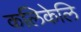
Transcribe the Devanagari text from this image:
कलिकेलि